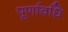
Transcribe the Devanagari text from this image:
पूर्णावधि